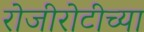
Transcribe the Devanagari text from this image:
रोजीरोटीच्या